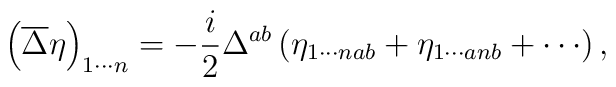
\left( \overline{\Delta }\eta \right) _{1\cdots n}=-\frac{i}{2}\Delta^{ab}\left( \eta _{1\cdots nab}+\eta _{1\cdots anb}+\cdots \right) ,